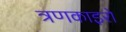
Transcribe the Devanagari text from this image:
त्रणकाइरो